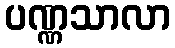
ပဏ္ဏသာလာ